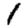
Digit: 1